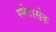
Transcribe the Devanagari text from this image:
स्मेटासेक